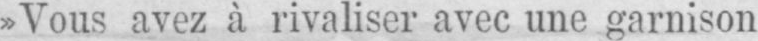
»Vous avez à rivaliser avec une garnison